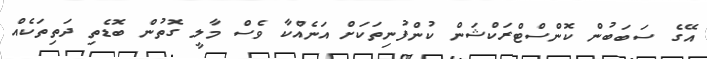
އޭގެ ސަބަބުން ކޮންސްޓްރަކްޝަން ކުންފުނިތަކަށް އަނެއްކާ ވެސް މާލީ ގޮތުން ބޮޑެތި ދަތިތަކެއް